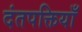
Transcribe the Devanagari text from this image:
दंतपक्तियाँ